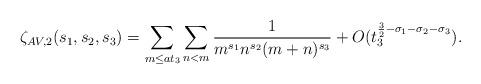
LaTeX: \begin{align*}\zeta_{AV,2} (s_1,s_2,s_3) = \sum_{m \leq at_3} \sum_{n<m} \frac{1}{m^{s_1}n^{s_2}(m+n)^{s_3}} +O ( t_3^{\frac{3}{2}-\sigma_1-\sigma_2-\sigma_3} ).\end{align*}